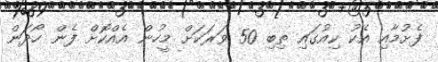
ފެށުމާއި އެކު ކިއުގައި ތިބި 50 ވަރަކަށް މީހުން އެއްކޮށް ފެން ހޯދަން